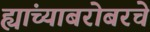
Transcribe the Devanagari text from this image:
ह्यांच्याबरोबरचे